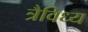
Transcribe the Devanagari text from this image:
त्रैविध्य